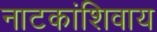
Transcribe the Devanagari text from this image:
नाटकांशिवाय